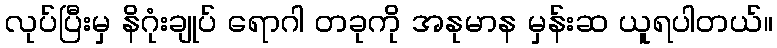
လုပ်ပြီးမှ နိဂုံးချုပ် ရောဂါ တခုကို အနုမာန မှန်းဆ ယူရပါတယ်။